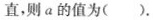
直，则a的值为( ).